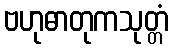
ဗဟုဓာတုကသုတ္တံ